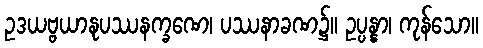
ဥဒယဗ္ဗယာနုပဿနက္ခဏေ၊ ပဿနာခဏ၌။ ဥပ္ပန္နာ၊ ကုန်သော။